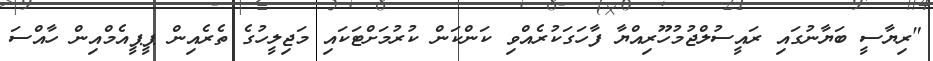
"ރިޔާސީ ބަޔާނުގައި ރައީސުލްޖުމުހޫރިއްޔާ ފާހަގަކުރެއްވި ކަންކަން ކުރުމަށްޓަކައި މަޖިލީހުގެ ތެރެއިން ޕީޕީއެމްއިން ހާއްސަ